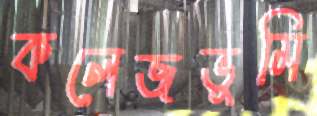
কলেজভূমি